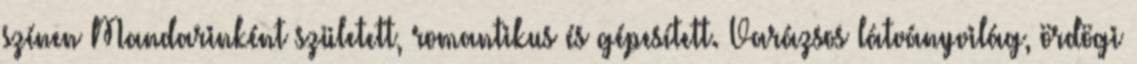
színen Mandarinként született, romantikus és gépesített. Varázsos látványvilág, ördögi